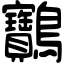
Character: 䴐